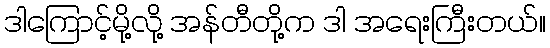
ဒါကြောင့်မို့လို့ အန်တီတို့က ဒါ အရေးကြီးတယ်။